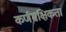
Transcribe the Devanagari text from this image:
कर्णमक्षिकता